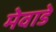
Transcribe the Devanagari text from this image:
मेवाडे